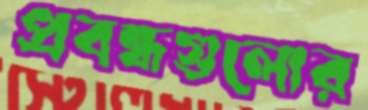
প্রবন্ধগুলোর